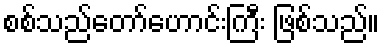
စစ်သည်တော်ဟောင်းကြီး ဖြစ်သည်။